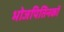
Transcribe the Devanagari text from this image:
भोजपितिनकों